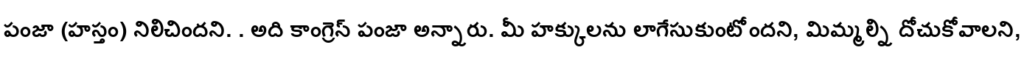
పంజా (హస్తం) నిలిచిందని. . అది కాంగ్రెస్ పంజా అన్నారు. మీ హక్కులను లాగేసుకుంటోందని, మిమ్మల్ని దోచుకోవాలని,